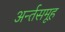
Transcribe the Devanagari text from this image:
अर्न्तसमूह